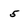
Character: 5